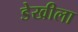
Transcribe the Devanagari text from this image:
डेखीला